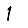
Digit: 1